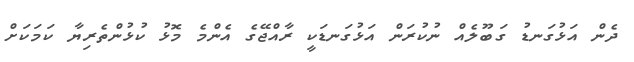
ދެން އަޅުގަނޑު ގަބޫލެއް ނުކުރަން އަޅުގަނޑަކީ ރާއްޖޭގެ އެންމެ މޮޅު ކުޅުންތެރިޔާ ކަމަކަށް